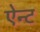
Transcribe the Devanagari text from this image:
ऐन्ट